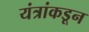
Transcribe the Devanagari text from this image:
यंत्रांकडून